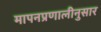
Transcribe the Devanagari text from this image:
मापनप्रणालीनुसार